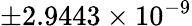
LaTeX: \pm 2.9443\times{10^{-9}}